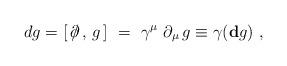
LaTeX: \begin{align*}dg=[\,\partial \kern -0.5em / \,,\,g\,]\,\,=\,\,\gamma ^\mu\,\,\partial _\mu\,g\equiv \gamma ({\bf d}g)\,\,,\end{align*}